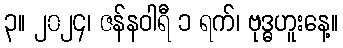
၃။ ၂၀၂၄၊ ဇန်နဝါရီ ၁ ရက်၊ ဗုဒ္ဓဟူးနေ့။